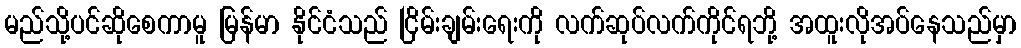
မည်သို့ပင်ဆိုစေကာမူ မြန်မာ နိုင်ငံသည် ငြိမ်းချမ်းရေးကို လက်ဆုပ်လက်ကိုင်ရဘို့ အထူးလိုအပ်နေသည်မှာ